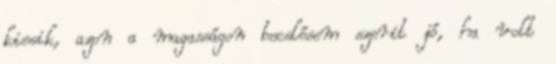
kiesik, azon a magasságon becslésem szerit jó, ha volt